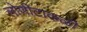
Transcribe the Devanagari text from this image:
लोणीटाकळी